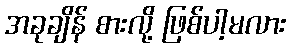
အခုချိန် စားလို့ ဖြစ်ပါ့မလား